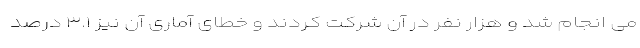
می انجام شد و هزار نفر در آن شرکت کردند و خطای آماری آن نیز ۳.۱ درصد